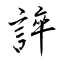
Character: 誶